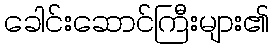
ခေါင်းဆောင်ကြီးများ၏